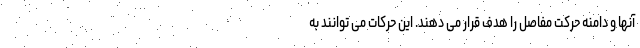
آنها و دامنه حرکت مفاصل را هدف قرار می دهند. این حرکات می توانند به